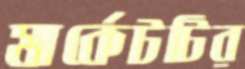
মার্কেটটির